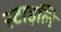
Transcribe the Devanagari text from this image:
स्टाइलि